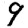
Digit: 9